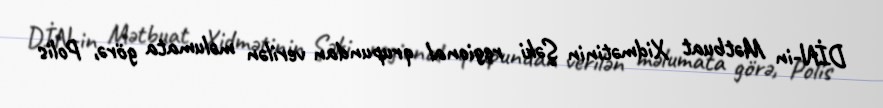
DİN-in Mətbuat Xidmətinin Şəki regional qrupundan verilən məlumata görə, Polis